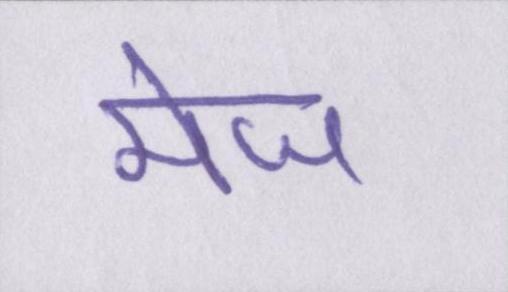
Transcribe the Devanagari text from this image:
मेज